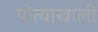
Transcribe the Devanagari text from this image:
पोत्याखाली